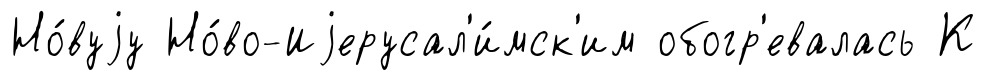
Но́вуjу Но́во-Иjерусал'и́мск'им обогр'евалась К